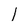
Character: l